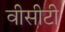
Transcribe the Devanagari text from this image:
वीसीटी